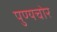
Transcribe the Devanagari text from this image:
पुण्यचोर